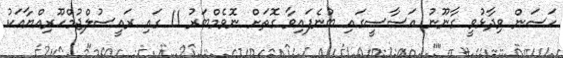
ހަސަން ވިދާޅުވީ ގާނޫނު އަސާސީގައި ބުނެފައިވާ ގޮތަށް ނޮވެމްބަރު 11 ގައި ރައީސުލްޖުމްހޫރިއްޔާއަކު